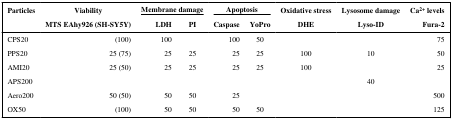
| Particles | Viability | <COLSPAN=2> Membrane damage | <COLSPAN=2> Apoptosis | Oxidative stress | Lysosome damage | Ca2+ levels |
 |  | MTS EAhy926 (SH-SY5Y) | LDH | PI | Caspase | YoPro | DHE | Lyso-ID | Fura-2 |
 | --- | --- | --- | --- | --- | --- | --- | --- | --- |
 | CPS20 | (100) | 100 |  | 100 | 50 |  |  | 75 |
 | PPS20 | 25 (75) | 25 | 25 | 25 | 25 | 100 | 10 | 50 |
 | AMI20 | 25 (50) | 25 | 25 | 25 | 25 | 100 |  | 25 |
 | APS200 |  |  |  |  |  |  | 40 |  |
 | Aero200 | 50 (50) | 50 | 50 | 25 |  |  |  | 500 |
 | OX50 | (100) | 50 | 50 | 50 | 50 |  |  | 125 |